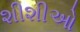
શીશીઓ